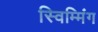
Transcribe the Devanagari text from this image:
स्विम्मिंग